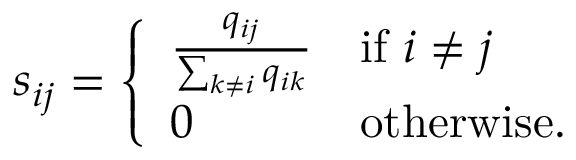
s _ { i j } = { \left\{ \begin{array} { l l } { { \frac { q _ { i j } } { \sum _ { k \neq i } q _ { i k } } } } & { { \mathrm { i f ~ } } i \neq j } \\ { 0 } & { { \mathrm { o t h e r w i s e } } . } \end{array} \right. }